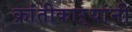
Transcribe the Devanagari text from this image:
क्रांतीकाऱ्यांनी